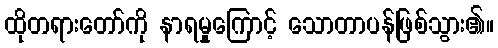
ထိုတရားတော်ကို နာရမှုကြောင့် သောတာပန်ဖြစ်သွား၏။